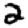
Digit: 2